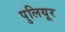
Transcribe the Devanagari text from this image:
पुलियूर